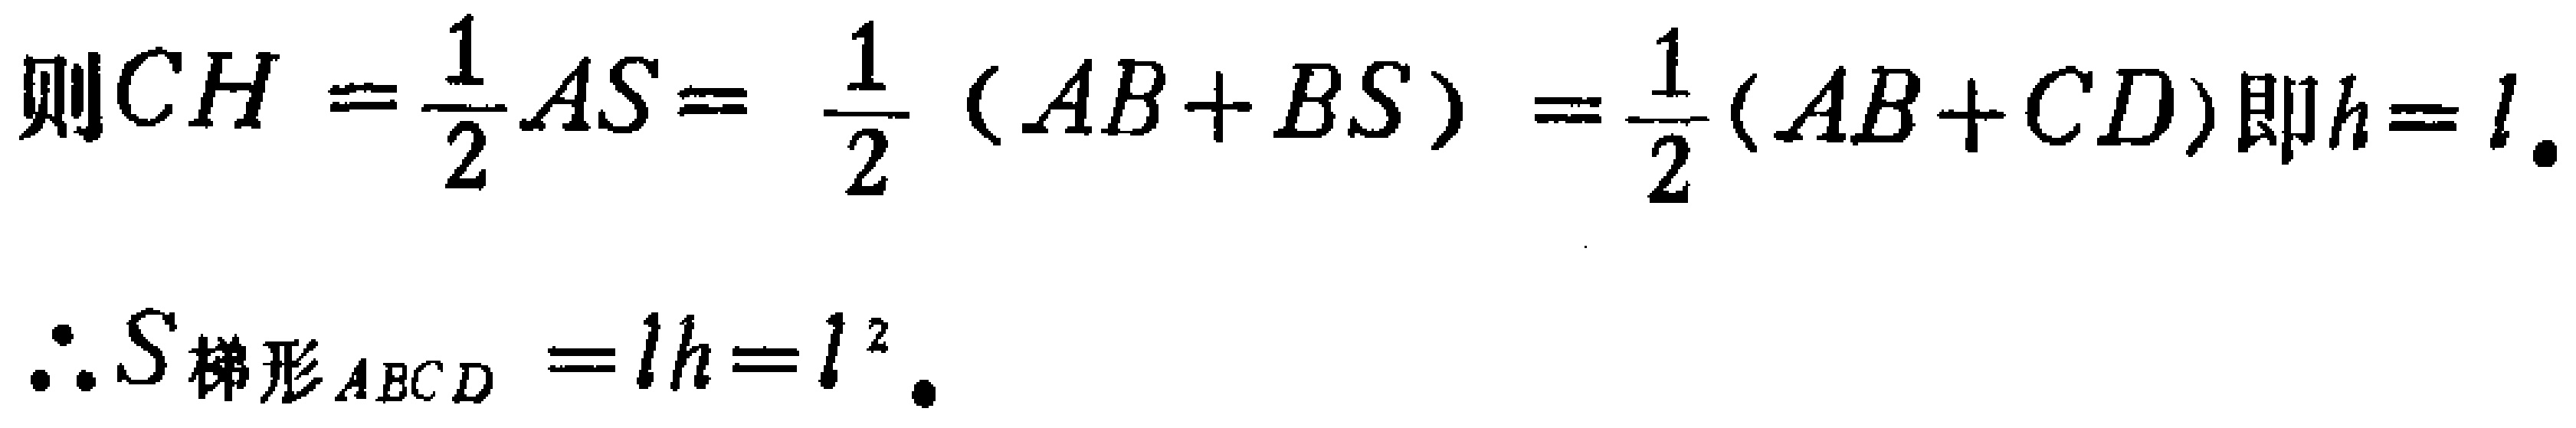
则\(CH = \frac{1}{2}AS = \frac{1}{2}(AB + BS) = \frac{1}{2}(AB + CD)\)即\(h = l\).

\(\therefore S_{梯形ABCD} = lh = l^{2}\).